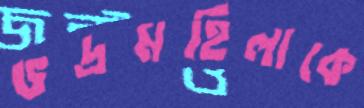
ভদ্রমহিলাকে